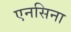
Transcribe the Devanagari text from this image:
एनसिना